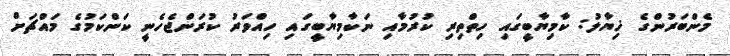
މެންބަރުންގެ ޚިޔާލު: ކާމިޔާބީގައި ހިތްތިރި ކުރުމާއި ނަކާމިޔާބީގައި ހިއްވަރު ކުރަންޖެހެނީ ކަންކަމުގެ މައްޗަށް